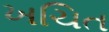
ખચિત